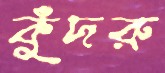
কুঁদরু